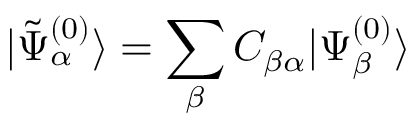
| \tilde { \Psi } _ { \alpha } ^ { ( 0 ) } \rangle = \sum _ { \beta } C _ { \beta \alpha } | \Psi _ { \beta } ^ { ( 0 ) } \rangle